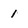
Character: 1